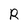
Character: R